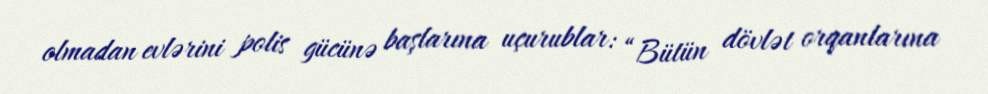
olmadan evlərini polis gücünə başlarına uçurublar: “Bütün dövlət orqanlarına